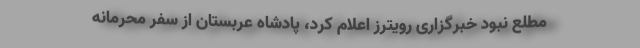
مطلع نبود خبرگزاری رویترز اعلام کرد، پادشاه عربستان از سفر محرمانه